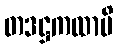
တဒဋ္ဌကထာပိ